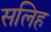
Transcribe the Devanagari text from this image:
सलिह